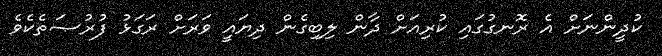
ކުދީންނަށް އެ ރޮނގުގައި ކުރިއަށް ދާން ލިބިގެން ދިޔައީ ވަރަށް ރަގަޅު ފުރުޞަތެކެވެ